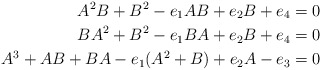
\begin{align*}A^2 B + B^2 - e_1 A B + e_2 B + e_4 &= 0\\B A^2 + B^2 - e_1 B A + e_2 B + e_4 &= 0\\A^3 + A B + B A - e_1 (A^2+B) +e_2 A - e_3 &= 0\end{align*}